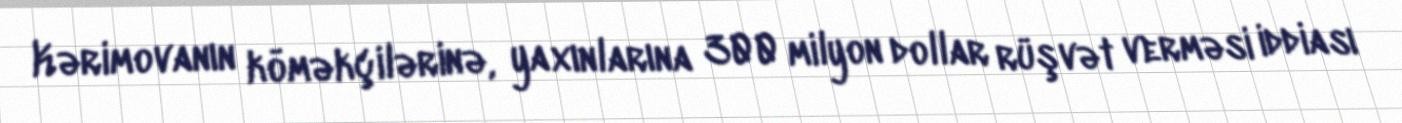
Kərimovanın köməkçilərinə, yaxınlarına 300 milyon dollar rüşvət verməsi iddiası